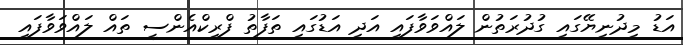
އަޑު މިދުނިޔޭގައި ގުދުރަތުން ލައްވަވާފައި އަދި އަޑުގައި ތަފާތު ފްރިކްއެންސީ ތައް ލައްވަވާފައި